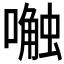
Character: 𱔿